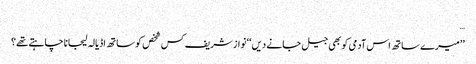
…
’’میرے ساتھ اس آدمی کو بھی جیل جانے دیں‘‘ نواز شریف کس شخص کو ساتھ اڈیالہ لیجانا چاہتے تھے؟